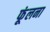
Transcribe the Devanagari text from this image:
फूंलना